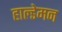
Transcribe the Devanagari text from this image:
हाल्डेमन